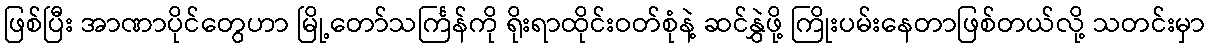
ဖြစ်ပြီး အာဏာပိုင်တွေဟာ မြို့တော်သင်္ကြန်ကို ရိုးရာထိုင်းဝတ်စုံနဲ့ ဆင်နွှဲဖို့ ကြိုးပမ်းနေတာဖြစ်တယ်လို့ သတင်းမှာ